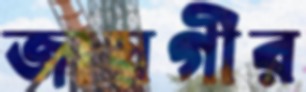
জায়গীর